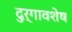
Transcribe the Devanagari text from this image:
दुर्गावशेष